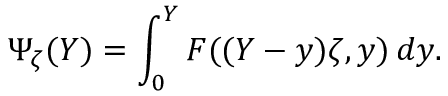
\Psi _ { \zeta } ( Y ) = \int _ { 0 } ^ { Y } F ( ( Y - y ) \zeta , y ) \, d y .